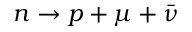
n \rightarrow p + \mu + \bar { \nu }